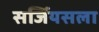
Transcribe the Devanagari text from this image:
सर्जियसला